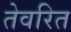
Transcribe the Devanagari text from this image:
तेवरित